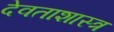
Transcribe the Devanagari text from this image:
देवताशास्त्र